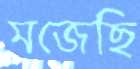
মজেছি